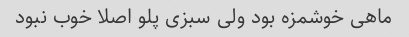
ماهی خوشمزه بود ولی سبزی پلو اصلا خوب نبود